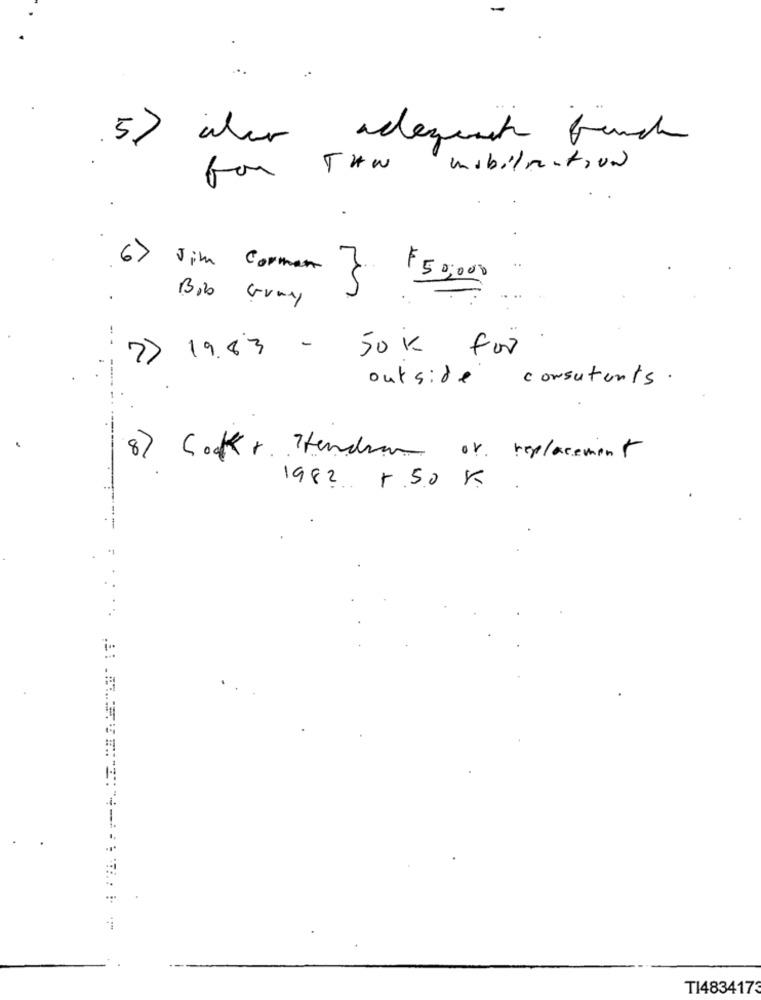
5) wher adequat brunch
for THW
mobilmention
6> Jim Corman
F50,000
Bob Gray
>> 19.83 -
50k for
consultants.
outside
8) Cook Handen or replacement
1982 5 50 K
T14834173